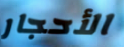
الأحجار